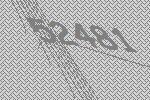
52481